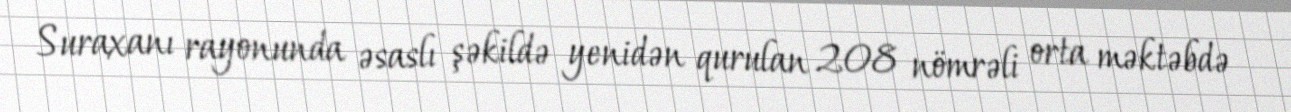
Suraxanı rayonunda əsaslı şəkildə yenidən qurulan 208 nömrəli orta məktəbdə